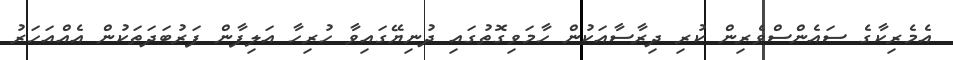
އެމެރިކާގެ ސައެންސްވެރިން ކުރި ދިރާސާއަކުން ހާމަވިގޮތުގައި ދުނިޔޭގައިވާ ހުރިހާ އަލިފާން ފަރުބަދަތަކުން އެއްއަހަރު